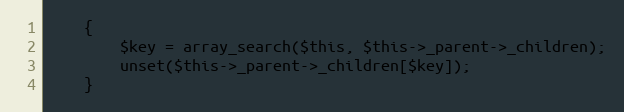
Language: PHP
	{
		$key = array_search($this, $this->_parent->_children);
		unset($this->_parent->_children[$key]);
	}